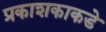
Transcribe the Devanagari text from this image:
प्रकाशकाकडे